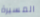
المسيرة